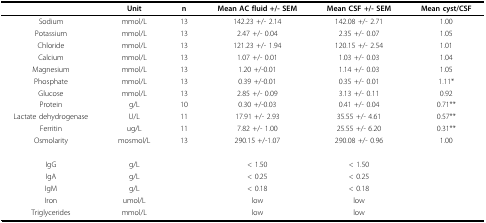
|  | Unit | n | Mean AC fluid +/- SEM | Mean CSF +/- SEM | Mean cyst/CSF |
 | --- | --- | --- | --- | --- | --- |
 | Sodium | mmol/L | 13 | 142.23 +/- 2.14 | 142.08 +/- 2.71 | 1.00 |
 | Potassium | mmol/L | 13 | 2.47 +/- 0.04 | 2.35 +/- 0.07 | 1.05 |
 | Chloride | mmol/L | 13 | 121.23 +/- 1.94 | 120.15 +/- 2.54 | 1.01 |
 | Calcium | mmol/L | 13 | 1.07 +/- 0.01 | 1.03 +/- 0.03 | 1.04 |
 | Magnesium | mmol/L | 13 | 1.20 +/-0.01 | 1.14 +/- 0.03 | 1.05 |
 | Phosphate | mmol/L | 13 | 0.39 +/-0.01 | 0.35 +/- 0.01 | 1.11* |
 | Glucose | mmol/L | 13 | 2.85 +/- 0.09 | 3.13 +/- 0.11 | 0.92 |
 | Protein | g/L | 10 | 0.30 +/-0.03 | 0.41 +/- 0.04 | 0.71** |
 | Lactate dehydrogenase | U/L | 11 | 17.91 +/- 2.93 | 35.55 +/- 4.61 | 0.57** |
 | Ferritin | ug/L | 11 | 7.82 +/- 1.00 | 25.55 +/- 6.20 | 0.31** |
 | Osmolarity | mosmol/L | 13 | 290.15 +/-1.07 | 290.08 +/- 0.96 | 1.00 |
 | IgG | g/L |  | < 1.50 | < 1.50 |  |
 | IgA | g/L |  | < 0.25 | < 0.25 |  |
 | IgM | g/L |  | < 0.18 | < 0.18 |  |
 | Iron | umol/L |  | low | low |  |
 | Triglycerides | mmol/L |  | low | low |  |